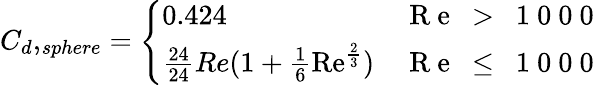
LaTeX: {C_{d},_{sphere}}=\left\{ \begin{array}{ll}{0.424}&{\mathrm{~R~e~\ >~\ 1~0~0~0~}}\\ {\frac{24}{24}{Re}(1+\frac{1}{6}\mathrm{Re}^{\frac{2}{3}})}&{\mathrm{~R~e~\ \leq~\ 1~0~0~0~}}\end{array}\right.